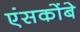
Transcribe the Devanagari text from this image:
एंसकोंबे